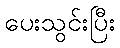
ပေးသွင်းပြီး